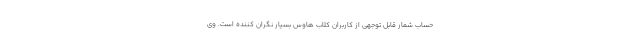
حساب شمار قابل توجهی از کاربران کلاب هاوس بسیار نگران کننده است. وی